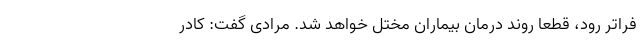
فراتر رود، قطعا روند درمان بیماران مختل خواهد شد. مرادی گفت: کادر